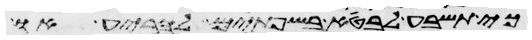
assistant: כי תשבע לבטא בשפתים להריע או